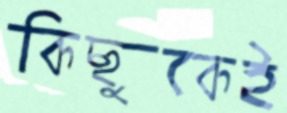
কিছুকেই